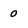
Character: 0